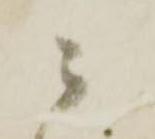
ニ